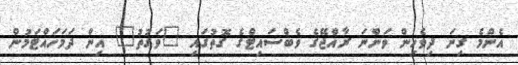
އެންމެ ގިނަ ދިވެހިން ވަންނަ ރާއްޖޭގެ ވެބްސައިޓްގެ ގޮތުގައި "ވަގުތު" އިން ދަމަހައްޓަމުން